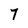
Character: 7